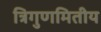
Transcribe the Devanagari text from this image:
त्रिगुणमितीय